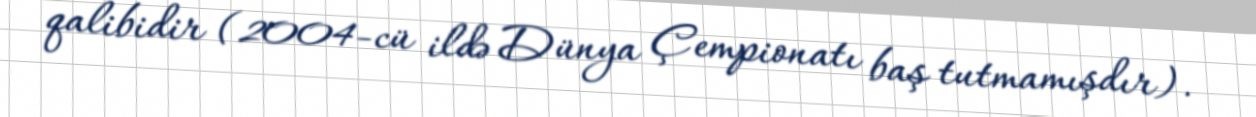
qalibidir (2004-cü ildə Dünya Çempionatı baş tutmamışdır).